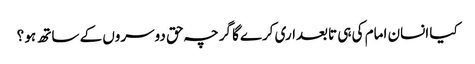
کیا انسان امام کی ہی تابعداری کرےگا گرچہ حق دوسروں کے ساتھ ہو ؟